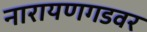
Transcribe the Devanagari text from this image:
नारायणगडवर